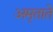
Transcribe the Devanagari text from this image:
अमृताते